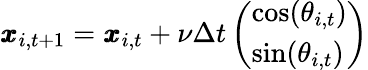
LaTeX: \pmb{x}_{i,t+1}=\pmb{x}_{i,t}+\nu\Delta t\left(\begin{array}{l}{\cos(\theta_{i,t})}\\ {\sin(\theta_{i,t})}\end{array}\right)